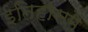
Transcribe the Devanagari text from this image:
ईतिहासमें